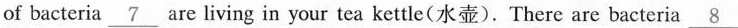
of bacteria\underline{7} are living in your tea kettle(水壶).There are bacteria\underline{8}